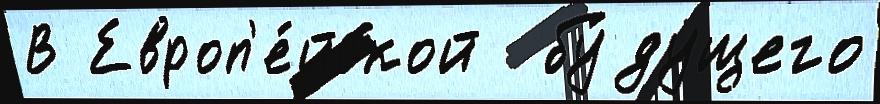
В Европ'е́йской  бу́дущего